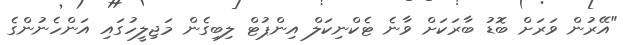
"އޭރުން ވަރަށް ބޮޑު ބާރަކަށް ވާނެ ޓެކްނިކަލް އިންޕުޓް ލިބިގެން މަޖިލީހުގައި އަންހެނުންގެ